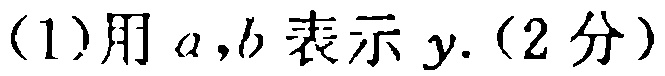
(1)用 \(a,b\) 表示 \(y\).（2分）